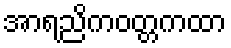
အာရညိကဝတ္တကထာ